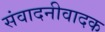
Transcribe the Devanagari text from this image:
संवादनीवादक